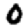
Digit: 0